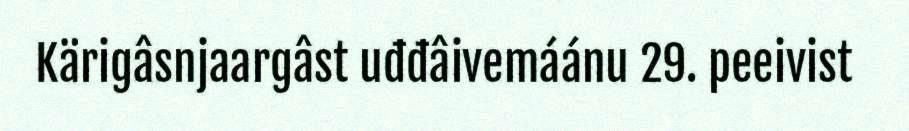
Kärigâsnjaargâst uđđâivemáánu 29. peeivist